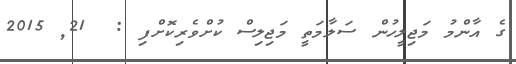
ގެ އާންމު މަޖިލީހުން ސަލާމަތީ މަޖިލިސް ކުށްވެރިކޮށްފި :  21